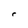
Character: r